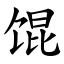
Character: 馄